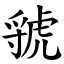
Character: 虢